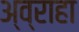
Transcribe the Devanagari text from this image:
अ्व्राहा